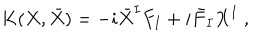
LaTeX: K ( X , \bar { X } ) = - i { \bar { X } } ^ { I } F _ { I } + i { \bar { F } } _ { I } X ^ { I } \ ,